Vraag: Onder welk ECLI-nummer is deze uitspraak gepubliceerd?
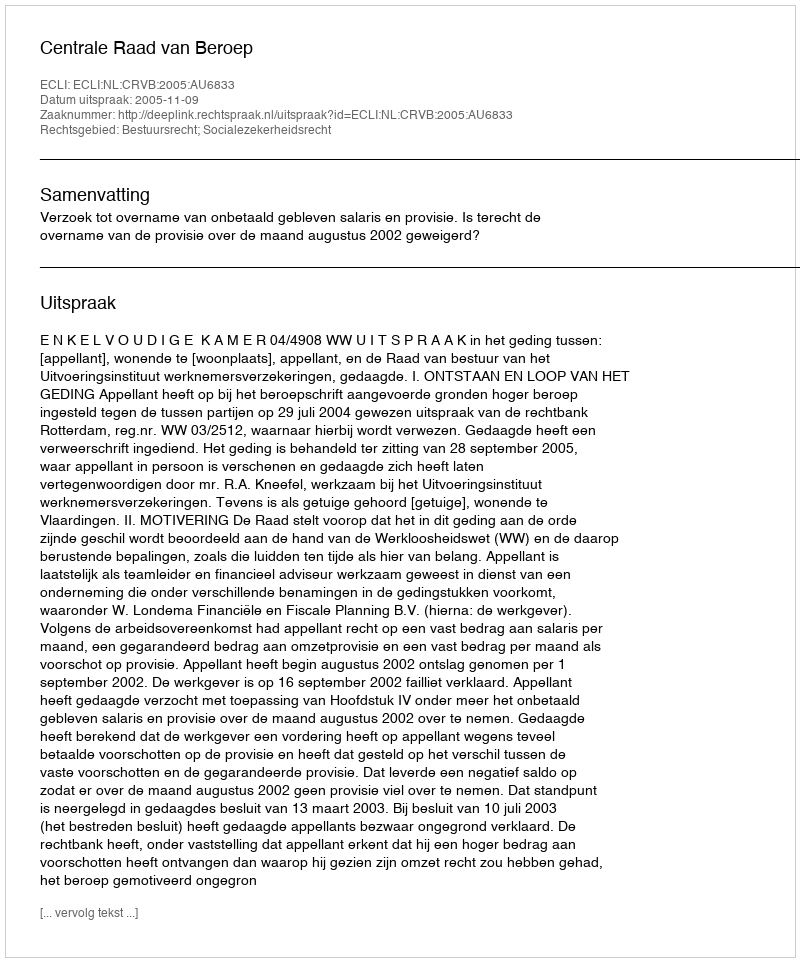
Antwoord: ECLI:NL:CRVB:2005:AU6833